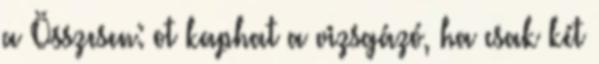
a Összesen: ot kaphat a vizsgázó, ha csak két